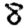
Digit: 8